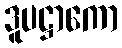
ဒူပဋ္ဌာကော